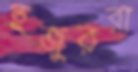
হুজুররা